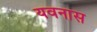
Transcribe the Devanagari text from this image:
यवनास